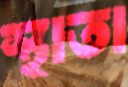
স্থাতা